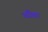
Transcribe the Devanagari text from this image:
चौबा